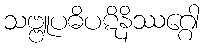
သဗ္ဗူပဓိပဋိနိဿဂ္ဂေါ